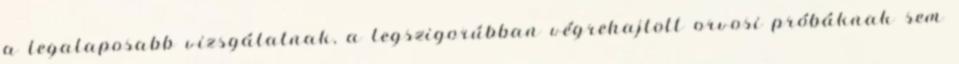
a legalaposabb vizsgálatnak, a legszigorúbban végrehajtott orvosi próbáknak sem